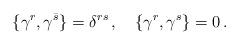
LaTeX: \begin{align*}\{ \gamma^r, \gamma^{\bar s} \} = \delta^{r s}\, ,\quad \{ \gamma^r, \gamma^s \} = 0\, .\end{align*}